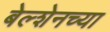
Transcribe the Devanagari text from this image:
बेल्शेनच्या